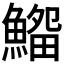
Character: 𩺜